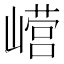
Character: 𫶕